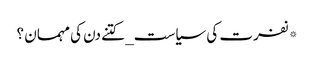
*نفرت کی سیاست_ کتنے دن کی مہمان ؟